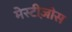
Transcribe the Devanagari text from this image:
मेस्टीज़ोस